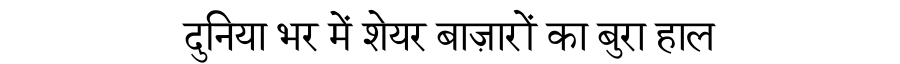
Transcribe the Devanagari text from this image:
दुनिया भर में शेयर बाज़ारों का बुरा हाल